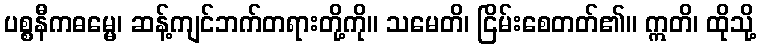
ပစ္စနီကဓမ္မေ၊ ဆန့်ကျင်ဘက်တရားတို့ကို။ သမေတိ၊ ငြိမ်းစေတတ်၏။ ဣတိ၊ ထိုသို့